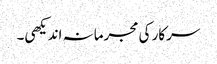
سرکار کی مجرمانہ اندیکھی۔